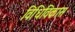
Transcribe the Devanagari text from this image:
विधिविकास